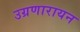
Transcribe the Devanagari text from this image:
उग्रणारायन